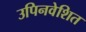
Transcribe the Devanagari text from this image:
उपिनवेशित